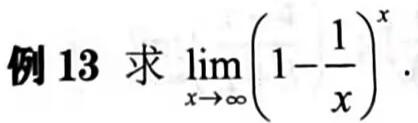
例 13 求 $\lim_{x \to \infty} \left(1 - \frac{1}{x}\right)^{x}$.